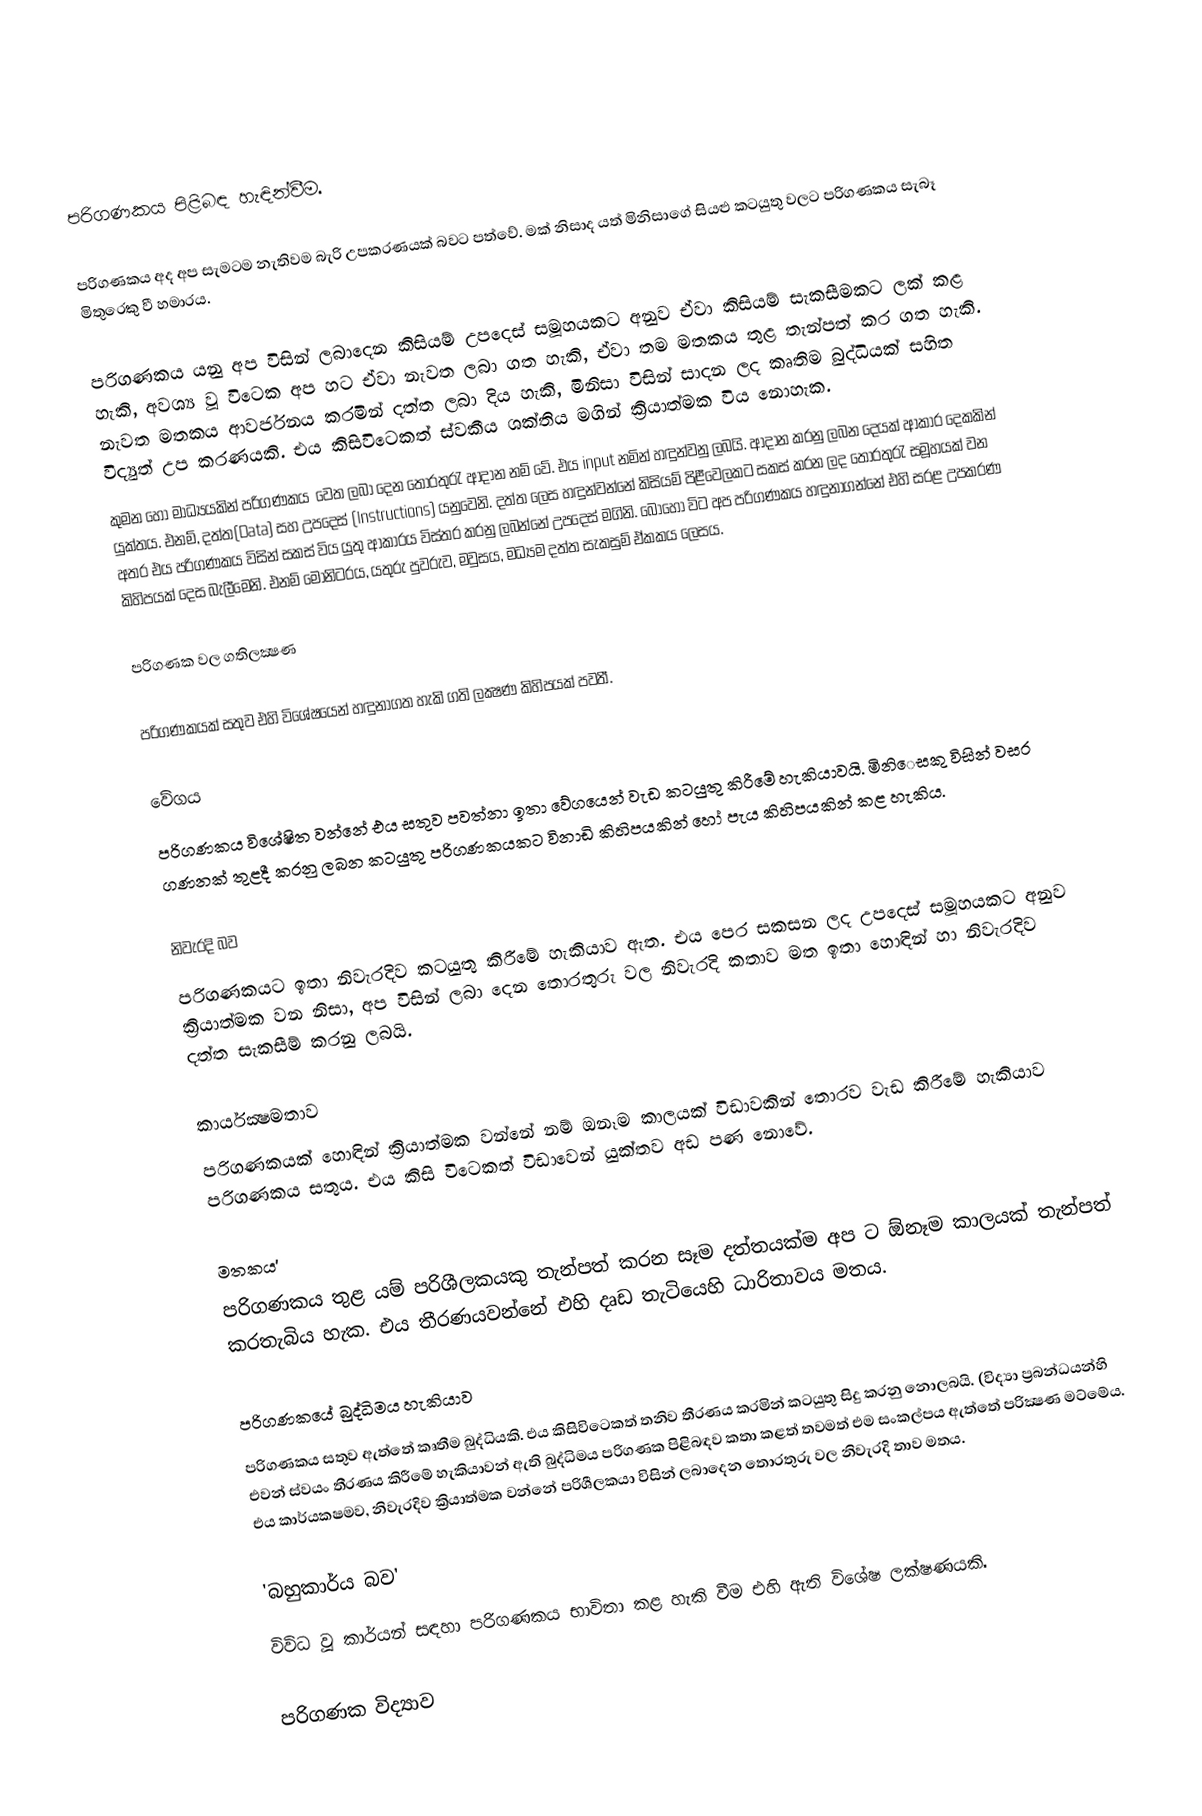

පරිගණකය පිළිබඳ හැඳින්වීම.

පරිගණකය අද අප සැමටම නැතිවම බැරි උපකරණයක් බවට පත්වේ. මක් නිසාද යත් මිනිසා‍ගේ සියළු කටයුතු වලට පරිගණකය සැබෑ මිතුරෙකු වී හමාරය.

පරිගණකය යනු අප විසින් ලබාදෙන කිසියම් උපදෙස් සමූහයකට අනුව ඒවා කිසියම් සැකසීමකට ලක් කළ හැකි, අවශ්‍ය වූ විටෙක අප හට ඒවා නැවත  ලබා ගත හැකි, ඒවා තම මතකය තුළ තැන්පත් කර ගත හැකි. නැවත මතකය ආවර්ජනය කරමින් දත්ත ලබා දිය හැකි, මිනිසා විසින් සාදන ලද කෘතිම බුද්ධියක් සහිත විද්‍යුත් උප කරණයකි. එය කිසිවිටෙකත් ස්වකීය ශක්ති‍‍ය ‍මගින් ක්‍රියාත්මක විය ‍‍‍නොහැක.
කුමන ‍‍‍හෝ මාධ්‍යයකින් පරිගණකය ‍ ‍‍වෙත  ලබා දෙන තොරතුරැ ආදාන නම් වේ. එය input  නමින් හඳුන්වනු ලබයි. ආදාන කරනු ලබන දෙයක් ආකාර දෙකකින් යුක්තය. එනම්, දත්ත(Data) සහ උපදෙස් (Instructions) යනුවෙනි. දත්ත ලෙස හඳුන්වන්නේ කිසියම් පිළීවෙලකට සකස් කරන ලද තොරතුරැ සමූහයක් වන අතර එය පරිගණකය විසින් සකස් විය යුතු ආකාරය විස්තර කරනු ලබන්නේ උපදෙස් මගිනි. බොහෝ විට අප පරිගණකය හඳුනාගන්නේ එහි සරළ උපකරණ කිහිපයක් දෙස බැලීමෙනි. එනම් මොනිටරය, යතුරු පුවරුව, මවුසය, මධ්‍යම දත්ත සැකසුම් ඒකකය ලෙසය.

පරිගණක වල ගතිලක්‍ෂණ

පරිගණකයක් සතුව එහි  විශේෂයෙන් හඳුනාගත හැකි ගති ලක්‍ෂණ කිහිපයක් පවතී.

        වේගය
පරිගණකය විශේෂිත වන්නේ එය සතුව පවත්නා ඉතා වේගයෙන් වැඩ කටයුතු කිරීමේ හැකියාවයි. මිනි‍ෙසකු විසින් වසර ගණනක් තුළදී කරනු ලබන කටයුතු පරිගණකයකට විනාඩි කිහිපයකින් හෝ පැය කිහිපයකින් කළ හැකිය.

         නිවැරදි බව
පරිගණකයට ඉතා නිවැරදිව කටයුතු කිරීමේ හැකියාව ඇත. එය පෙර සකසන ලද උපදෙස් සමූහයකට අනුව ක්‍රියාත්මක වන නිසා, අප විසින් ලබා දෙන තොරතුරු වල නිවැරදි කතාව මත ඉතා හොඳින් හා නිවැරදිව දත්ත සැකසීම් කරනු ලබයි.

      කාර්යක්‍ෂමතාව
පරිගණකයක් හොඳින් ක්‍රියාත්මක වන්නේ නම් ඔනෑම කාලයක් විඩාවකින් තොරව වැඩ කිරීමේ හැකියාව පරිගණකය සතුය. එය කිසි විටෙකත් විඩාවෙන් යුක්තව අඩ පණ නොවේ.

      මතකය'
පරිගණකය තුළ යම් පරිශීලකයකු තැන්පත් කරන සෑම දත්තයක්ම අප ට ඕනෑම කාලයක් තැන්පත් කරතැබිය හැක. එය තීරණයවන්නේ එහි දෘඩ තැටියෙහි ධාරිතාවය මතය.

      පරිගණකයේ බුද්ධිමය හැකියාව
පරිගණකය සතුව ඇත්තේ කෘතීම බුද්ධියකි. එය කිසිවිටෙකත් තනිව තීරණය කරමින් කටයුතු සිදු කරනු නොලබයි. (විද්‍යා ප්‍රබන්ධයන්හි එවන් ස්වයං තීරණය කිරීමේ හැකියාවන් ඇති බුද්ධිමය පරිගණක පිළිබඳව කතා කළත් තවමත් එම සංකල්පය ඇත්තේ පරික්‍ෂණ මට්මේය. එය කාර්යකෂමව, නිවැරදිව ක්‍රියාත්මක වන්නේ පරිශීලකයා විසින් ලබාදෙන තොරතුරු වල නිවැරදි තාව මතය.

     'බහුකාර්ය බව'
විවිධ වූ කාර්යන් සඳහා පරිගණකය භාවිතා කළ හැකි වීම එහි ඇති විශේෂ ලක්ෂණයකි.

පරිගණක විද්‍යාව